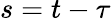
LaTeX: s=t-\tau